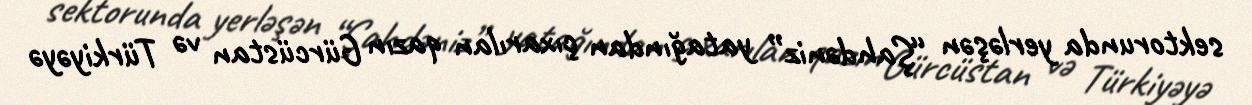
sektorunda yerləşən “Şahdəniz” yatağından çıxarılan qazın Gürcüstan və Türkiyəyə